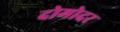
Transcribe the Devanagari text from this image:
दोमोदर